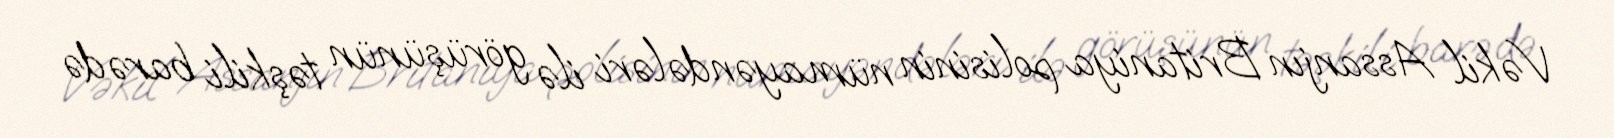
Vəkil Assanjın Britaniya polisinin nümayəndələri ilə görüşünün təşkili barədə